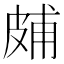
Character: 𤿭